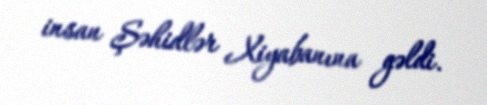
insan Şəhidlər Xiyabanına gəldi.